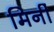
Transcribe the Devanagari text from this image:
मिर्नी